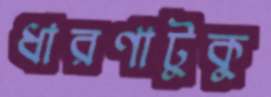
ধারণাটুকু